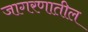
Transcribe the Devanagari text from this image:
जागरणातील